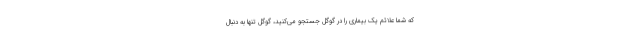
که شما علائم یک بیماری را در گوگل جستجو می‌کنید، گوگل تنها به دنبال